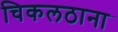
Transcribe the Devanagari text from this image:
चिकलठाना